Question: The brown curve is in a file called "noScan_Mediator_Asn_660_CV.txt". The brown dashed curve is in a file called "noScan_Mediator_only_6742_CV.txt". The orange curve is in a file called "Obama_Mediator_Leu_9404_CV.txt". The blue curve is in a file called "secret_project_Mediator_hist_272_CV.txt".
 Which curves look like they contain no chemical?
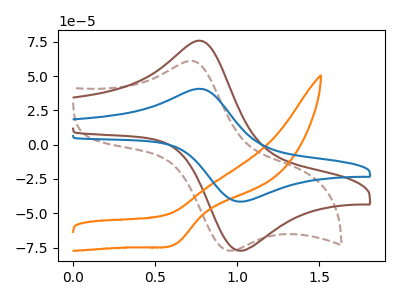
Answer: <think>The brown curve "Mediator + Asn" has an anodic peak at (0.80V, 75.15uA) and a cathodic peak at (1.05V, -77.25uA). The brown dashed curve "Mediator + only" has an anodic peak at (0.70V, 61.05uA) and a cathodic peak at (0.95V, -77.40uA). The orange curve "Mediator + Leu" has a cathodic peak at: (0.65V, -72.20uA). The blue curve "Mediator + hist" has an anodic peak at (0.80V, 40.40uA) and a cathodic peak at (1.05V, -41.50uA).</think>
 <answer>There are not any CV's on this graph that are likely to be blanks.</answer>
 <eval>none</eval>